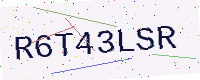
Text: R6T43LSR